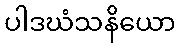
ပါဒဃံသနိယော